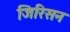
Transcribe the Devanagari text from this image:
जिरिसन